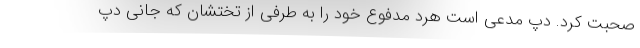
صحبت کرد. دپ مدعی است هرد مدفوع خود را به طرفی از تختشان که جانی دپ